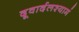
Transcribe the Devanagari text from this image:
दूवार्दलश्यामं